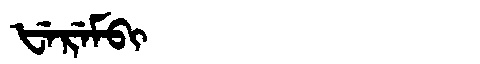
Manchu: ᡶᡝᡵᡝᠮᠪᡳ
Romanization: FEREMBI